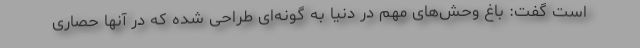
است گفت: باغ وحش‌های مهم در دنیا به گونه‌ای طراحی شده که در آنها حصاری